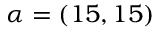
\alpha = ( 1 5 , 1 5 )